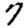
Digit: 7